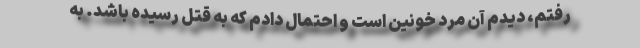
رفتم، دیدم آن مرد خونین است و احتمال دادم که به قتل رسیده باشد. به